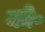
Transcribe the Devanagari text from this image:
को॰